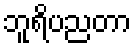
ဘူရိပညတာ